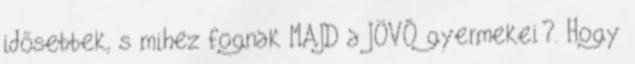
idősebbek, s mihez fognak MAJD a JÖVŐ gyermekei?. Hogy